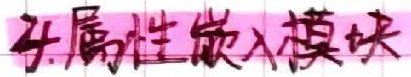
4.属性嵌入模块